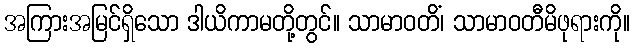
အကြားအမြင်ရှိသော ဒါယိကာမတို့တွင်။ သာမာဝတိံ၊ သာမာဝတီမိဖုရားကို။